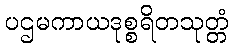
ပဌမကာယဒုစ္စရိတသုတ္တံ